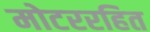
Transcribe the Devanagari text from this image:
मोटररहित